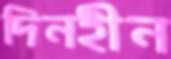
দিনহীন